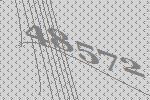
48572